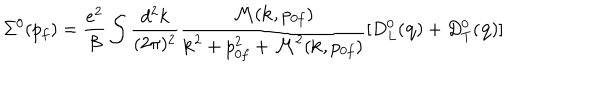
\Sigma ^ { 0 } ( p _ { f } ) = { \frac { e ^ { 2 } } { \beta } } \int { \frac { d ^ { 2 } k } { ( 2 \pi ) ^ { 2 } } } { \frac { { \cal M } ( { \bf k } , p _ { 0 f } ) } { { \bf k } ^ { 2 } + p _ { 0 f } ^ { 2 } + { \cal M } ^ { 2 } ( { \bf k } , p _ { 0 f } ) } } [ D _ { L } ^ { 0 } ( { \bf q } ) + D _ { T } ^ { 0 } ( { \bf q } ) ]